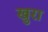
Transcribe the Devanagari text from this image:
खुरा